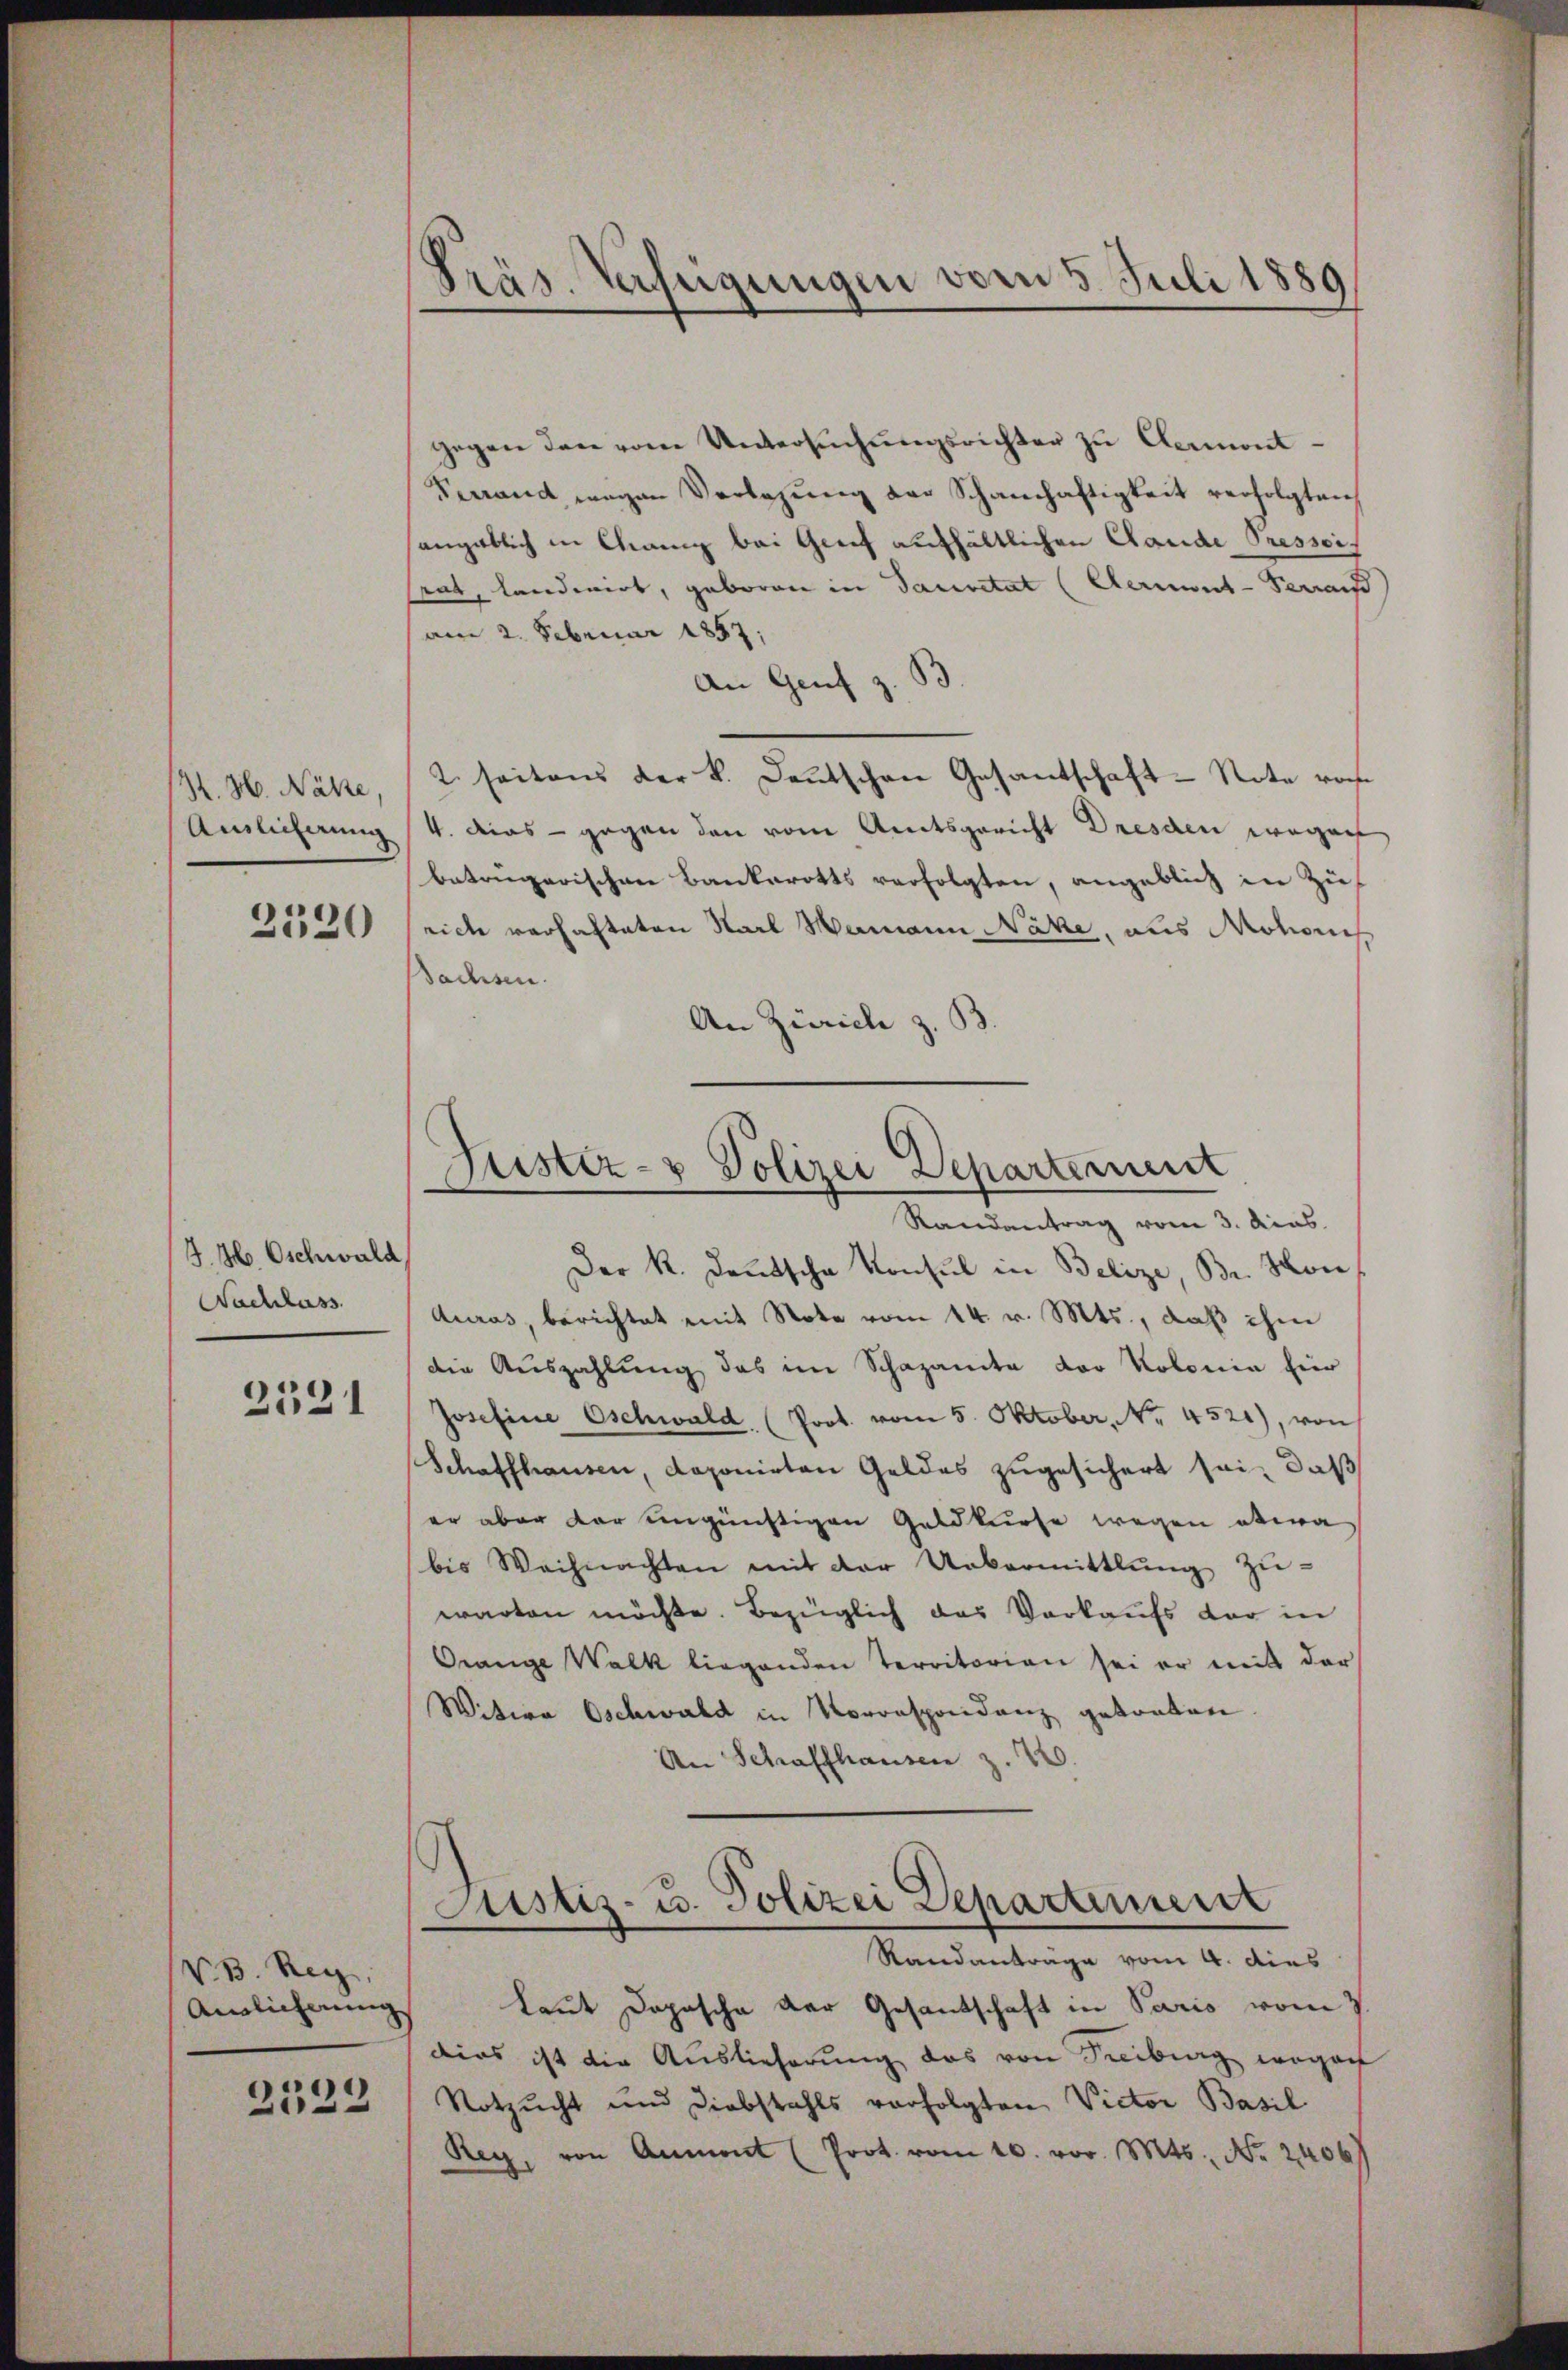
2320

J. H. Oschwald
Nachlass

2521

V. B. Reg
Anglicherung
2522

Der K. Deutsche Konsul in Belize, Br. Hon
duras, berichtet mit Note vom 14. v. Mts., daß ihm
die Auszahlung das im Schazamte der Kolonia hier
Josefine Eschwald (Prot. vom 5. Oktober, No. 4521), von
Schaffhausen, doponirten Geldes zugesichert sei, daß
er aber dar ungünstigen Geldkurse wegen etwa
bis Weihnachten mit der Uebermittlung zu-
warten möchte. Bezüglich das Vorkaufs der in
Grange Walk liegenden Territorien sei er mit der
Witwe Oschwald in Korrespondenz getonten
An Schaffhausen z. 720.

Präs. Verfeigungen vom 5. Juli 1889

gegen den vom Untersŭchŭngsrichter zŭ Aermont-
Semand wegen Verlegŭng der Schanhaftigkeit verfolgten
angeblich in Chang bei Greif aufhältlichen Cande Presseis
rat, landwirt, geboren in Sanivität (Aamnt-Terraus
am 2. Februar 1857:
An Genf z. B.
H. H. Nähe, 2. seitens der k. Deutschen Gesantschaft - Note von
Amlicherung /4. dies - gegen den vom Amtsgericht Dresden wegen
betrügerischen Bankerotts verfolgten, angeblich in Zurich verhafteten Karl Mamann Nähe, aus Motionis
Sachsen.
An Zürich z. B.

Suster- & Polizei Departement
Randantrag vom 3. Ains.

Justiz- u. Polizei Departement

Randanträge vom 4. dies
Laut Dopische der Gesandschaft in Paris vom 3.
dies ist die Auslieferung das von Freibung wegen
Notzucht und Diebstahls verfolgten Victor Basil
Reg, von Anment (Prot. vom 16. vor. Mts. No. 2406)